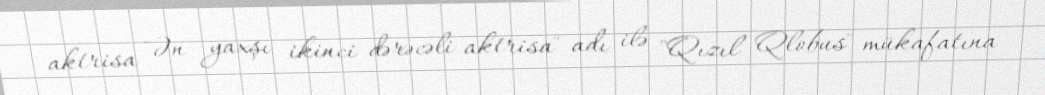
aktrisa "Ən yaxşı ikinci dərəcəli aktrisa" adı ilə "Qızıl Qlobus" mükafatına